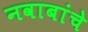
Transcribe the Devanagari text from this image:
नवाबांचे